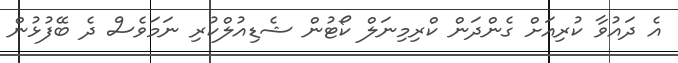
އެ ދައުވާ ކުރިއަށް ގެންދަން ކްރިމިނަލް ކޯޓުން ޝެޑިއުލްކުރި ނަމަވެސް ދެ ބޭފުޅުން